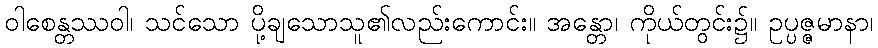
ဝါစေန္တဿဝါ၊ သင်သော ပို့ချသောသူ၏လည်းကောင်း။ အန္တော၊ ကိုယ်တွင်း၌။ ဥပ္ပဇ္ဇမာနာ၊